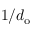
1 / d _ { \mathrm { o } }